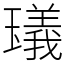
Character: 𤩺